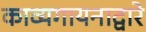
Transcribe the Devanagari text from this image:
काव्यगायनाद्वारे